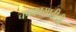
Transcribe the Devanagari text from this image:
चषकासाठीची